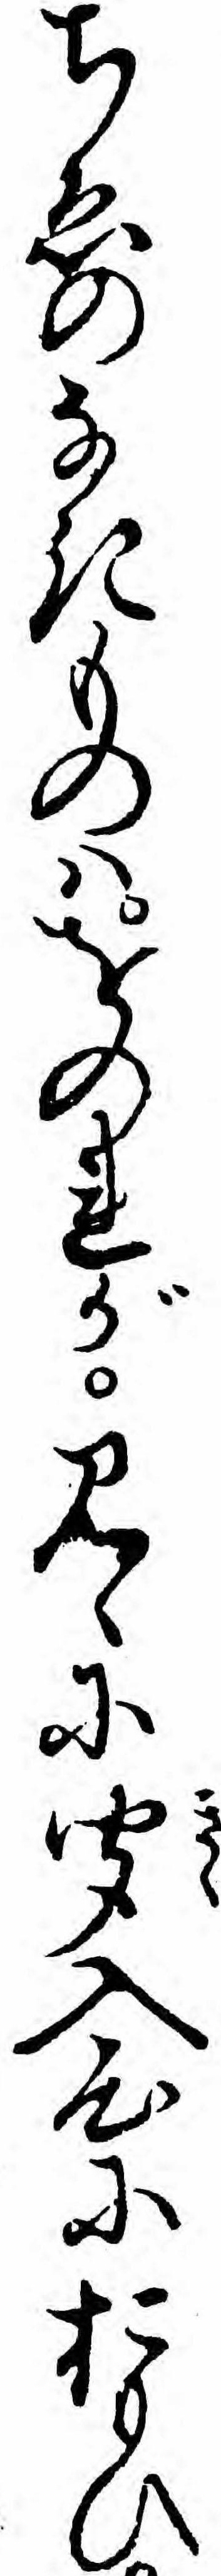
ちゑのなきものハをのれがみゝに聞入心におもひ